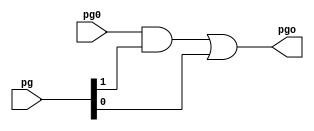
/*
 * cells.v
 *
 * Support cell library for adder circuits
 */

module gray (pg, pg0, pgo);
    input [1:0] pg;
    input pg0;
    output pgo;

    assign pgo = (pg0 & pg[1]) | pg[0];

endmodule

module black (pg, pg0, pgo);
    input [1:0] pg, pg0;
    output [1:0] pgo;

    assign pgo[1] = pg[1] & pg0[1];
    assign pgo[0] = (pg0[0] & pg[1]) | pg[0];

endmodule

module xor16 (A, B, S);
    input [15:0] A, B;
    output [15:0] S;

    assign S = A ^ B;

endmodule

module xor32 (A, B, S);
    input [31:0] A, B;
    output [31:0] S;

    assign S = A ^ B;

endmodule

module pg16 (A, B, pg15, pg14, pg13, pg12, pg11, pg10, pg9, pg8, pg7, pg6, pg5, pg4, pg3, pg2, pg1, pg0);
    input [15:0] A, B;
    output [1:0] pg15, pg14, pg13, pg12, pg11, pg10, pg9, pg8, pg7, pg6, pg5, pg4, pg3, pg2, pg1, pg0;

    assign pg15 = {(A[15] ^ B[15]), (A[15] & B[15])}; 
    assign pg14 = {(A[14] ^ B[14]), (A[14] & B[14])}; 
    assign pg13 = {(A[13] ^ B[13]), (A[13] & B[13])}; 
    assign pg12 = {(A[12] ^ B[12]), (A[12] & B[12])}; 
    assign pg11 = {(A[11] ^ B[11]), (A[11] & B[11])}; 
    assign pg10 = {(A[10] ^ B[10]), (A[10] & B[10])}; 
    assign pg9 = {(A[9] ^ B[9]), (A[9] & B[9])}; 
    assign pg8 = {(A[8] ^ B[8]), (A[8] & B[8])}; 
    assign pg7 = {(A[7] ^ B[7]), (A[7] & B[7])}; 
    assign pg6 = {(A[6] ^ B[6]), (A[6] & B[6])}; 
    assign pg5 = {(A[5] ^ B[5]), (A[5] & B[5])}; 
    assign pg4 = {(A[4] ^ B[4]), (A[4] & B[4])}; 
    assign pg3 = {(A[3] ^ B[3]), (A[3] & B[3])}; 
    assign pg2 = {(A[2] ^ B[2]), (A[2] & B[2])}; 
    assign pg1 = {(A[1] ^ B[1]), (A[1] & B[1])}; 
    assign pg0 = {(A[0] ^ B[0]), (A[0] & B[0])}; 

endmodule

module pg32 (A, B, pg31, pg30, pg29, pg28, pg27, pg26, pg25, pg24, pg23, pg22, pg21, pg20, pg19, pg18, pg17, pg16, pg15, pg14, pg13, pg12, pg11, pg10, pg9, pg8, pg7, pg6, pg5, pg4, pg3, pg2, pg1, pg0);
    input [31:0] A, B;
    output [1:0] pg31, pg30, pg29, pg28, pg27, pg26, pg25, pg24, pg23, pg22, pg21, pg20, pg19, pg18, pg17, pg16, pg15, pg14, pg13, pg12, pg11, pg10, pg9, pg8, pg7, pg6, pg5, pg4, pg3, pg2, pg1, pg0;

    assign pg31 = {(A[31] ^ B[31]), (A[31] & B[31])}; 
    assign pg30 = {(A[30] ^ B[30]), (A[30] & B[30])}; 
    assign pg29 = {(A[29] ^ B[29]), (A[29] & B[29])}; 
    assign pg28 = {(A[28] ^ B[28]), (A[28] & B[28])}; 
    assign pg27 = {(A[27] ^ B[27]), (A[27] & B[27])}; 
    assign pg26 = {(A[26] ^ B[26]), (A[26] & B[26])}; 
    assign pg25 = {(A[25] ^ B[25]), (A[25] & B[25])}; 
    assign pg24 = {(A[24] ^ B[24]), (A[24] & B[24])}; 
    assign pg23 = {(A[23] ^ B[23]), (A[23] & B[23])}; 
    assign pg22 = {(A[22] ^ B[22]), (A[22] & B[22])}; 
    assign pg21 = {(A[21] ^ B[21]), (A[21] & B[21])}; 
    assign pg20 = {(A[20] ^ B[20]), (A[20] & B[20])}; 
    assign pg19 = {(A[19] ^ B[19]), (A[19] & B[19])}; 
    assign pg18 = {(A[18] ^ B[18]), (A[18] & B[18])}; 
    assign pg17 = {(A[17] ^ B[17]), (A[17] & B[17])}; 
    assign pg16 = {(A[16] ^ B[16]), (A[16] & B[16])}; 
    assign pg15 = {(A[15] ^ B[15]), (A[15] & B[15])}; 
    assign pg14 = {(A[14] ^ B[14]), (A[14] & B[14])}; 
    assign pg13 = {(A[13] ^ B[13]), (A[13] & B[13])}; 
    assign pg12 = {(A[12] ^ B[12]), (A[12] & B[12])}; 
    assign pg11 = {(A[11] ^ B[11]), (A[11] & B[11])}; 
    assign pg10 = {(A[10] ^ B[10]), (A[10] & B[10])}; 
    assign pg9 = {(A[9] ^ B[9]), (A[9] & B[9])}; 
    assign pg8 = {(A[8] ^ B[8]), (A[8] & B[8])}; 
    assign pg7 = {(A[7] ^ B[7]), (A[7] & B[7])}; 
    assign pg6 = {(A[6] ^ B[6]), (A[6] & B[6])}; 
    assign pg5 = {(A[5] ^ B[5]), (A[5] & B[5])}; 
    assign pg4 = {(A[4] ^ B[4]), (A[4] & B[4])}; 
    assign pg3 = {(A[3] ^ B[3]), (A[3] & B[3])}; 
    assign pg2 = {(A[2] ^ B[2]), (A[2] & B[2])}; 
    assign pg1 = {(A[1] ^ B[1]), (A[1] & B[1])}; 
    assign pg0 = {(A[0] ^ B[0]), (A[0] & B[0])}; 

endmodule

module inv(A, Y);
    input A;
    output Y;
    assign Y = ~A;
endmodule

module and2(A, B, Y);
    input A, B;
    output Y;
    assign Y = (A & B);
endmodule

module nand2(A, B, Y);
    input A, B;
    output Y;
    assign Y = ~(A & B);
endmodule

module or2(A, B, Y);
    input A, B;
    output Y;
    assign Y = (A | B);
endmodule

module nor2(A, B, Y);
    input A, B;
    output Y;
    assign Y = ~(A | B);
endmodule

module tiehi(Y);
    output Y;
    assign Y = 1'b1;
endmodule

module tielo(Y);
    output Y;
    assign Y = 1'b0;
endmodule

module xor2(A, B, Y);
    input A, B;
    output Y;
    assign Y = A ^ B;
endmodule